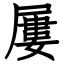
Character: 屢